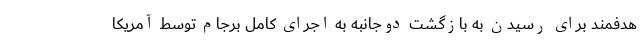
هدفمند برای رسیدن به بازگشت دوجانبه به اجرای کامل برجام توسط آمریکا